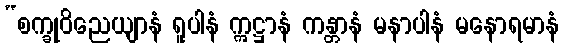
“စက္ခုဝိညေယျာနံ ရူပါနံ ဣဋ္ဌာနံ ကန္တာနံ မနာပါနံ မနောရမာနံ